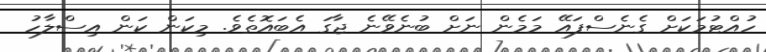
ހުއްޓުމަކަށް ގެނެސްފައޭ މަމެން ނަށް ބުނެވޭނެ ޖާގަ އެބައޮތެވެ. މިކަން ކަން އިސްލާހު